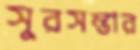
সুরসম্ভার